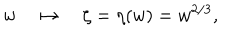
LaTeX: w \quad \mapsto \quad \zeta = \eta ( w ) = w ^ { 2 / 3 } ,